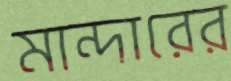
মান্দারের